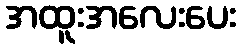
အထူးအလေးပေး